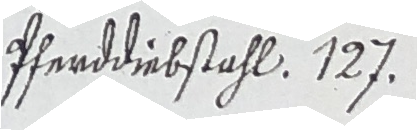
Pferddinbstahl. 127.